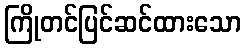
ကြိုတင်ပြင်ဆင်ထားသော